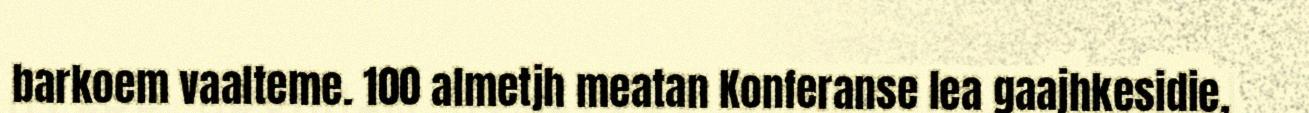
barkoem vaalteme. 100 almetjh meatan Konferanse lea gaajhkesidie,